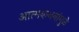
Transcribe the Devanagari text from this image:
आत्मकथनांमुळे